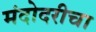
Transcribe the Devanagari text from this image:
मंदोदरीचा